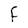
Character: F